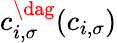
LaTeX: c_{i,\sigma}^{\dag}(c_{i,\sigma})